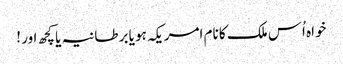
خواہ اُس ملک کا نام امریکہ ہو یا برطانیہ یا کچھ اور !